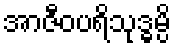
အာဇီဝပရိသုဒ္ဓမ္ပိ